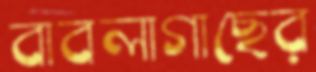
বাবলাগাছের